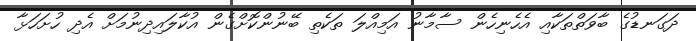
ދަގަނޑުގެ ބާވަތްތަކާއި އެހެނިހެން ސާމާނު އަމިއްލަ ތަކެތި ބޭނުންކޮށްގެން އުކާލައިދިނުމަށް އެދި ހުށަހަޅާ